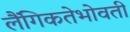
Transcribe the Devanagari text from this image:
लैंगिकतेभोवती